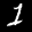
Label: 1